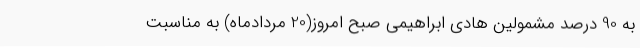
به 90 درصد مشمولین هادی ابراهیمی صبح امروز(20 مردادماه) به مناسبت